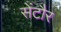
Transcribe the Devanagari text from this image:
सेंटौर